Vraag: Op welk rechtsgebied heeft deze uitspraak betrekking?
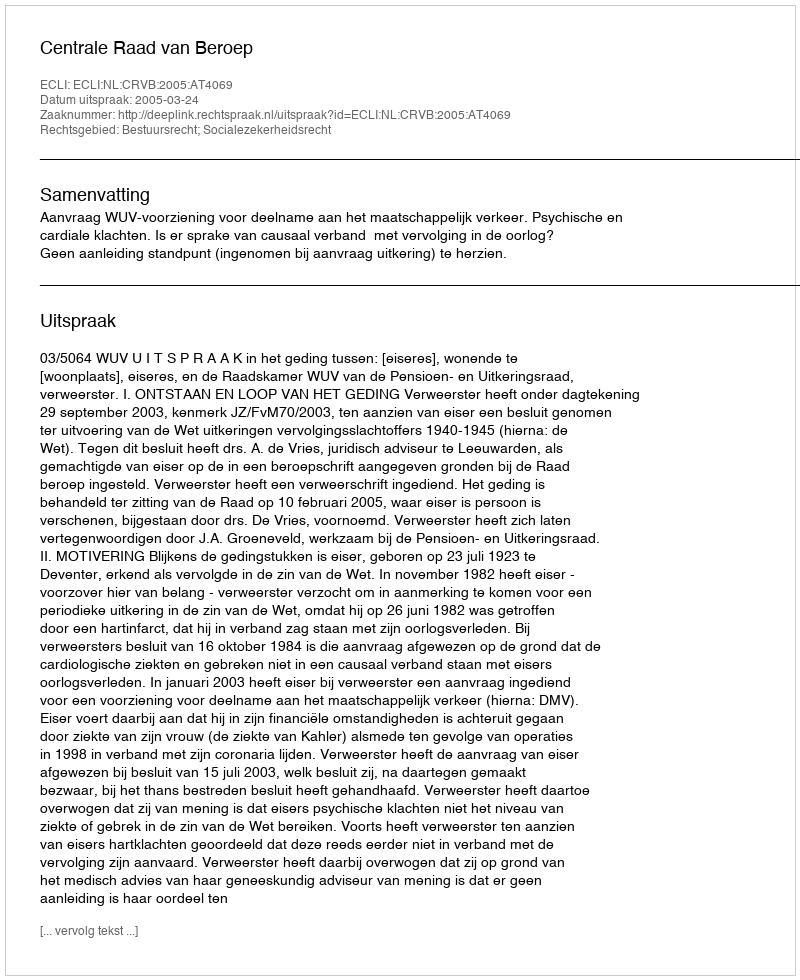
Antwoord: Bestuursrecht; Socialezekerheidsrecht